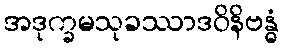
အဒုက္ခမသုခဿာဒဝိနိဗန္ဓံ